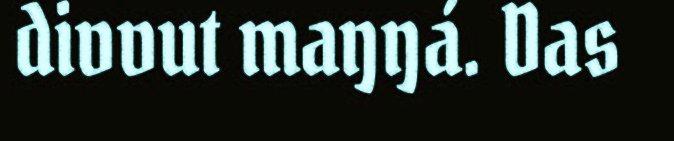
divvut maŋŋá. Das